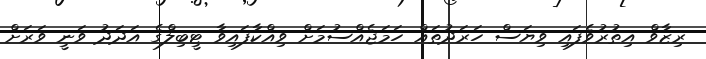
ރިޒާވް އިތުރުވެފައި ވިޔަސް ހަރަދުތައް ހަމަޖެއްސުމަށް ވިއްކާފައިވާ ޓީބިލްގެ އަދަދު ވަނީ ވަރަށް